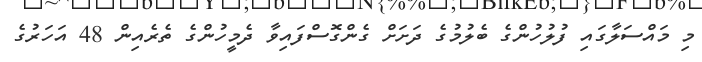
މި މައްސަލާގައި ފުލުހުންގެ ބެލުމުގެ ދަށަށް ގެންގޮސްފައިވާ ދެމީހުންގެ ތެރެއިން 48 އަހަރުގެ